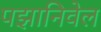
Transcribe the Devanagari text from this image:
पझानिवेल